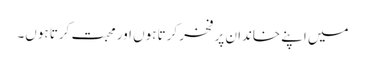
میں اپنے خاندان پر فخر کرتا ہوں اور محبت کرتا ہوں۔